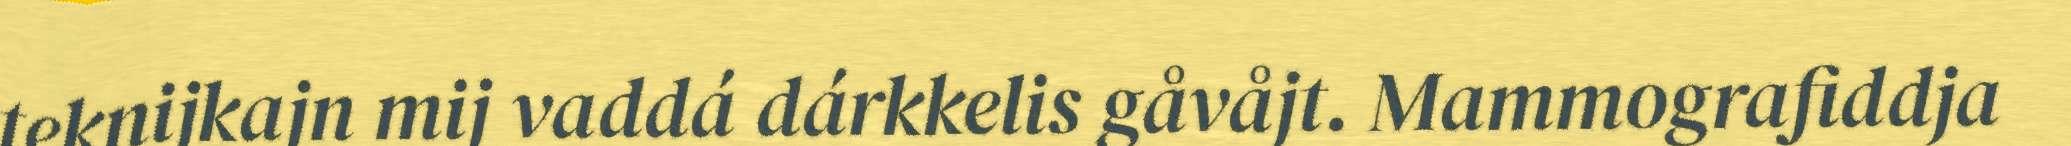
teknijkajn mij vaddá dárkkelis gåvåjt. Mammografiddja